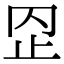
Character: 𣥙